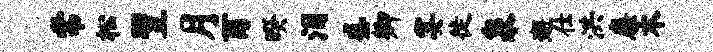
常松翌月酉暌泪盛卿宴徙泉邂仕洪廉木